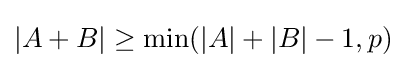
|A+B|\geq \min(|A|+|B|-1,p)